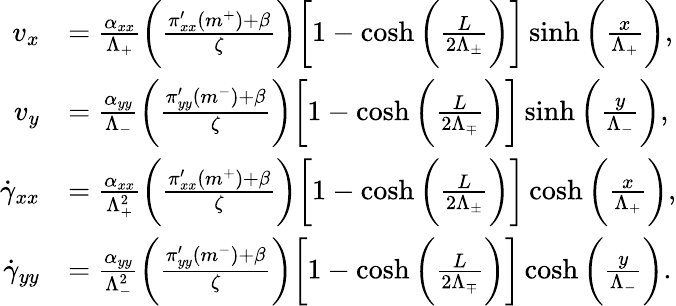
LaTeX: \begin{array}{rl}{v_{x}}&{=\frac{\alpha_{xx}}{\Lambda_{+}}\bigg(\frac{\pi_{xx}^{\prime}(m^{+})+\beta}{\zeta}\bigg)\bigg[1-\cosh\bigg(\frac{L}{2\Lambda_{\pm}}\bigg)\bigg]\sinh\bigg(\frac{x}{\Lambda_{+}}\bigg),}\\ {v_{y}}&{=\frac{\alpha_{yy}}{\Lambda_{-}}\bigg(\frac{\pi_{yy}^{\prime}(m^{-})+\beta}{\zeta}\bigg)\bigg[1-\cosh\bigg(\frac{L}{2\Lambda_{\mp}}\bigg)\bigg]\sinh\bigg(\frac{y}{\Lambda_{-}}\bigg),}\\ {\dot{\gamma}_{xx}}&{=\frac{\alpha_{xx}}{\Lambda_{+}^{2}}\bigg(\frac{\pi_{xx}^{\prime}(m^{+})+\beta}{\zeta}\bigg)\bigg[1-\cosh\bigg(\frac{L}{2\Lambda_{\pm}}\bigg)\bigg]\cosh\bigg(\frac{x}{\Lambda_{+}}\bigg),}\\ {\dot{\gamma}_{yy}}&{=\frac{\alpha_{yy}}{\Lambda_{-}^{2}}\bigg(\frac{\pi_{yy}^{\prime}(m^{-})+\beta}{\zeta}\bigg)\bigg[1-\cosh\bigg(\frac{L}{2\Lambda_{\mp}}\bigg)\bigg]\cosh\bigg(\frac{y}{\Lambda_{-}}\bigg).}\end{array}